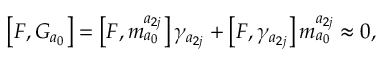
\left[ F , G _ { a _ { 0 } } \right] = \left[ F , m _ { a _ { 0 } } ^ { a _ { 2 j } } \right] \gamma _ { a _ { 2 j } } + \left[ F , \gamma _ { a _ { 2 j } } \right] m _ { a _ { 0 } } ^ { a _ { 2 j } } \approx 0 ,